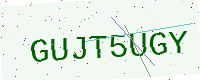
Text: GUJT5UGY